Plague in India, 1896, 1897 - Volume 3
Year: 1896
Disease focus: Plague
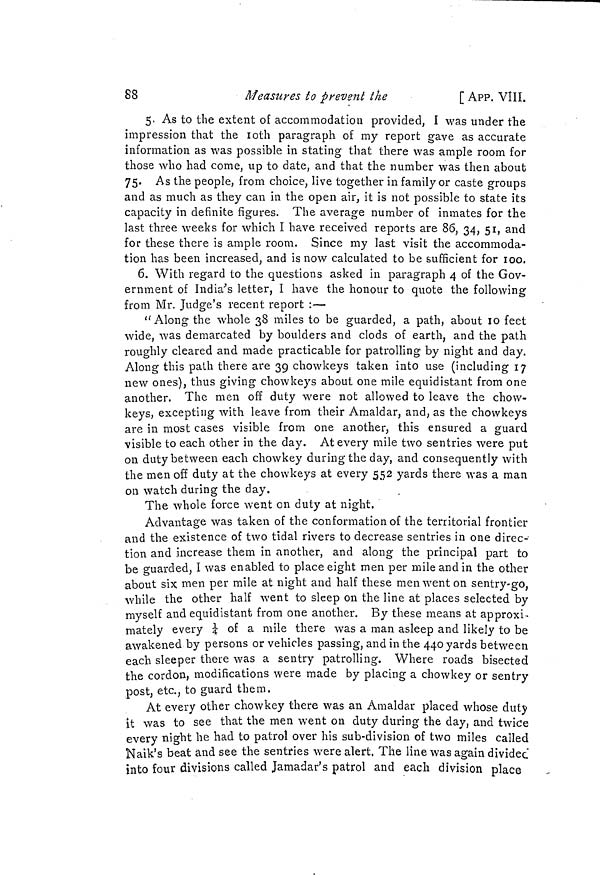
88
Measures to prevent the
[ APP. VIII.
5. As to the extent of accommodation provided, I was under the
impression that the Ioth paragraph of my report gave as accurate
information as was possible in stating that there was ample room for
those who had come, up to date, and that the number was then about
75. As the people, from choice, live together in family or caste groups
and as much as they can in the open air, it is not possible to state its
capacity in definite figures. The average number of inmates for the
last three weeks for which I have received reports are 86, 34, 51, and
for these there is ample room. Since my last visit the accommoda-
tion has been increased, and is now calculated to be sufficient for 100.
6. With regard to the questions asked in paragraph 4 of the Gov-
ernment of India's letter, I have the honour to quote the following
from Mr. Judge's recent report :—
"Along the whole 38 miles to be guarded, a path, about 10 feet
wide, was demarcated by boulders and clods of earth, and the path
roughly cleared and made practicable for patrolling by night and day.
Along this path there are 39 chowkeys taken into use (including 17
new ones), thus giving chowkeys about one mile equidistant from one
another. The men off duty were not allowed to leave the chow-
keys, excepting with leave from their Amaldar, and, as the chowkeys
are in most cases visible from one another, this ensured a guard
visible to each other in the day. At every mile two sentries were put
on duty between each chowkey during the day, and consequently with
the men off duty at the chowkeys at every 552 yards there was a man
on watch during the day.
The whole force went on duty at night.
Advantage was taken of the conformation of the territorial frontier
and the existence of two tidal rivers to decrease sentries in one direc-
tion and increase them in another, and along the principal part to
be guarded, I was enabled to place eight men per mile and in the other
about six men per mile at night and half these men went on sentry-go,
while the other half went to sleep on the line at places selected by
myself and equidistant from one another. By these means at approxi-
mately every 1/4 of a mile there was a man asleep and likely to be
awakened by persons or vehicles passing, and in the 440 yards between
each sleeper there was a sentry patrolling. Where roads bisected
the cordon, modifications were made by placing a chowkey or sentry
post, etc., to guard them.
At every other chowkey there was an Amaldar placed whose duty
it was to see that the men went on duty during the day, and twice
every night he had to patrol over his sub-division of two miles called
Naik's beat and see the sentries were alert. The line was again dividec
into four divisions called Jamadar's patrol and each division place